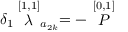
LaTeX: \delta _ { 1 } \stackrel { [ 1 , 1 ] } { \lambda } _ { a _ { 2 k } } = - \stackrel { [ 0 , 1 ] } { \cal P }